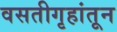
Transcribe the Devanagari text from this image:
वसतीगृहांतून